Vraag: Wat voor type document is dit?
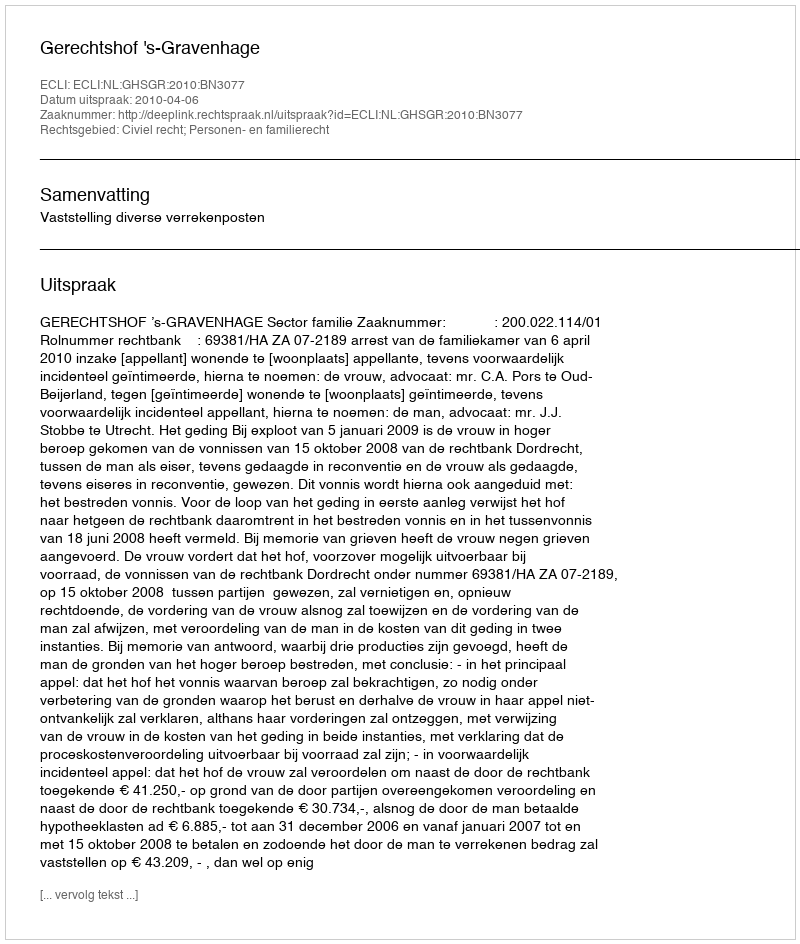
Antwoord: Uitspraak